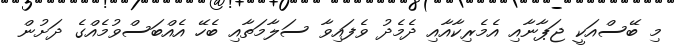
މި ބޭސްއަކީ ޖަޕާނާއި އެމެރިކާއާއި ދެމެދު ވެފައިވާ ސަލާމަތާއި ބެހޭ އެއްބަސްވުމެއްގެ ދަށުން